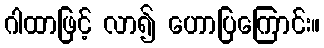
ဂါထာဖြင့် လာ၍ ဟောပြကြောင်း။